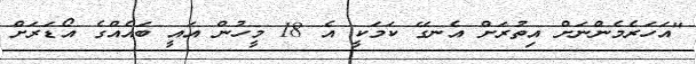
"އަހަރެމެންނަށް އިތުރަށް އެނގޭ ކަމަކީ އެ 18 މީހުން އައީ ބައެއްގެ އޯޑަރަށް